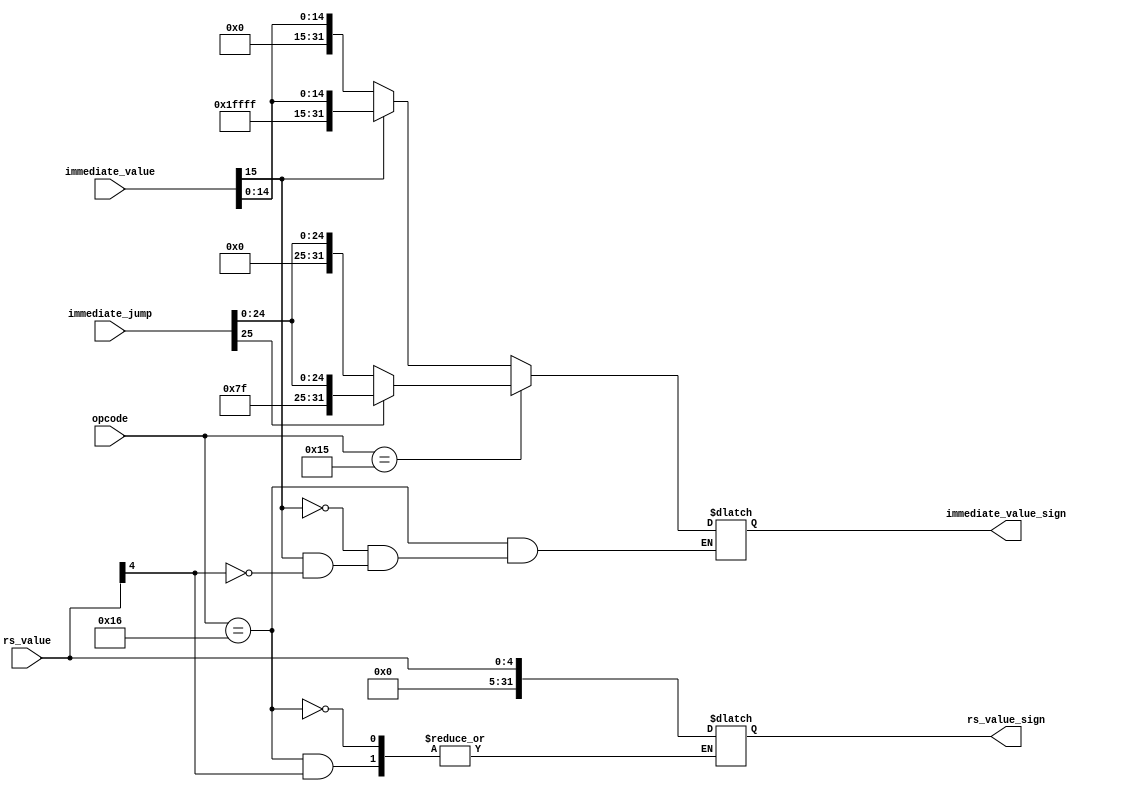
module sign_extension(opcode,immediate_value,rs_value,immediate_jump,immediate_value_sign,rs_value_sign);

input [15:0] immediate_value;
input [4:0] rs_value;
input[25:0] immediate_jump;
output reg[31:0] immediate_value_sign;
output reg [31:0] rs_value_sign;
input [5:0] opcode;

parameter BRA = 6'b10110;
parameter JUMP = 6'b10101;

always@*
begin

case(opcode)
BRA: 
begin
if(rs_value[4] == 1'b1) immediate_value_sign <= {27'b111111111111111111111111111,rs_value} ;
else if(rs_value[4] == 1'b0)  rs_value_sign <= {27'b0,rs_value};  

if(immediate_value[15] == 1) immediate_value_sign <= {16'b1111111111111111,immediate_value};
else if(immediate_value[15]==0) immediate_value_sign <= {16'b0,immediate_value};  
 

end

JUMP:
begin
if(immediate_jump[25] == 1) immediate_value_sign <= {6'b111111,immediate_jump};
else if(immediate_jump[25]==0) immediate_value_sign <= {6'b0,immediate_jump};  
end

default:
begin
if(immediate_value[15] == 1) immediate_value_sign <= {16'b1111111111111111,immediate_value};
else if(immediate_value[15]==0) immediate_value_sign <= {16'b0,immediate_value};  
end

endcase

end

endmodule